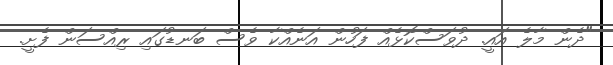
"ދެން މާލެ އައީ. ދުވަސްކޮޅެއް ފަހުން އަނެއްކާ ވެސް ބަނޑުގައި ރިއްސަން ފެށީ.